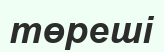
төреші